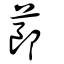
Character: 蓈